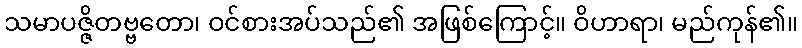
သမာပဇ္ဇိတဗ္ဗတော၊ ဝင်စားအပ်သည်၏ အဖြစ်ကြောင့်။ ဝိဟာရာ၊ မည်ကုန်၏။